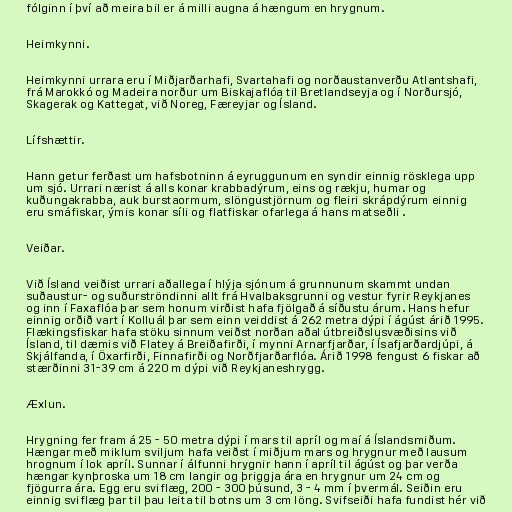
fólginn í því að meira bil er á milli augna á hængum en hrygnum.

Heimkynni.

Heimkynni urrara eru í Miðjarðarhafi, Svartahafi og norðaustanverðu Atlantshafi,
frá Marokkó og Madeira norður um Biskajaflóa til Bretlandseyja og í Norðursjó,
Skagerak og Kattegat, við Noreg, Færeyjar og Ísland.

Lífshættir.

Hann getur ferðast um hafsbotninn á eyruggunum en syndir einnig rösklega upp
um sjó. Urrari nærist á alls konar krabbadýrum, eins og rækju, humar og
kuðungakrabba, auk burstaormum, slöngustjörnum og fleiri skrápdýrum einnig
eru smáfiskar, ýmis konar síli og flatfiskar ofarlega á hans matseðli .

Veiðar.

Við Ísland veiðist urrari aðallega í hlýja sjónum á grunnunum skammt undan
suðaustur- og suðurströndinni allt frá Hvalbaksgrunni og vestur fyrir Reykjanes
og inn í Faxaflóa þar sem honum virðist hafa fjölgað á síðustu árum. Hans hefur
einnig orðið vart í Kolluál þar sem einn veiddist á 262 metra dýpi í ágúst árið 1995.
Flækingsfiskar hafa stöku sinnum veiðst norðan aðal útbreiðslusvæðisins við
Ísland, til dæmis við Flatey á Breiðafirði, í mynni Arnarfjarðar, í Ísafjarðardjúpi, á
Skjálfanda, í Öxarfirði, Finnafirði og Norðfjarðarflóa. Árið 1998 fengust 6 fiskar að
stærðinni 31-39 cm á 220 m dýpi við Reykjaneshrygg.

Æxlun.

Hrygning fer fram á 25 - 50 metra dýpi í mars til apríl og maí á Íslandsmiðum.
Hængar með miklum sviljum hafa veiðst í miðjum mars og hrygnur með lausum
hrognum í lok apríl. Sunnar í álfunni hrygnir hann í apríl til ágúst og þar verða
hængar kynþroska um 18 cm langir og þriggja ára en hrygnur um 24 cm og
fjögurra ára. Egg eru sviflæg, 200 - 300 þúsund, 3 - 4 mm í þvermál. Seiðin eru
einnig sviflæg þar til þau leita til botns um 3 cm löng. Svifseiði hafa fundist hér við